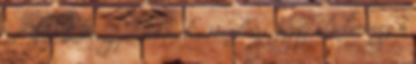
át. A 3. hadsereg parancsnoka, Heszlényi József altábornagy a